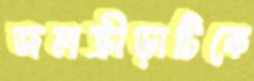
জলক্রীড়াটিকে